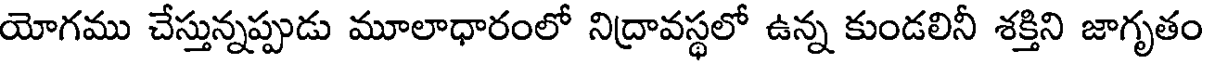
యోగము చేస్తున్నప్పుడు మూలాధారంలో నిద్రావస్థలో ఉన్న కుండలినీ శక్తిని జాగృతం